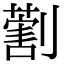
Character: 𠟽